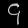
Digit: ၄